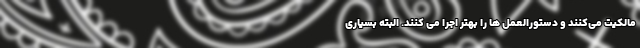
مالکیت می‌کنند و دستورالعمل ها را بهتر اجرا می کنند. البته بسیاری